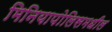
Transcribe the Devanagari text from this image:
मिनियापोलिसमधील